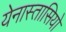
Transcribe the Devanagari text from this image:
येनास्तासियो